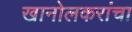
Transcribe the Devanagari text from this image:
खानोलकरांचा